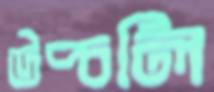
উপ্‌চলি